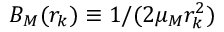
B _ { M } ( r _ { k } ) \equiv 1 / ( 2 \mu _ { M } r _ { k } ^ { 2 } )